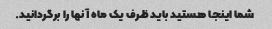
شما اینجا هستید باید ظرف یک ماه آنها را برگردانید.